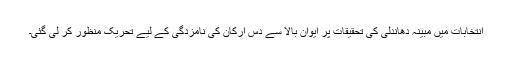
انتخابات میں مبینہ دھاندلی کی تحقیقات پر ایوان بالا سے دس ارکان کی نامزدگی کے لیے تحریک منظور کر لی گئی۔